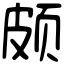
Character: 颇